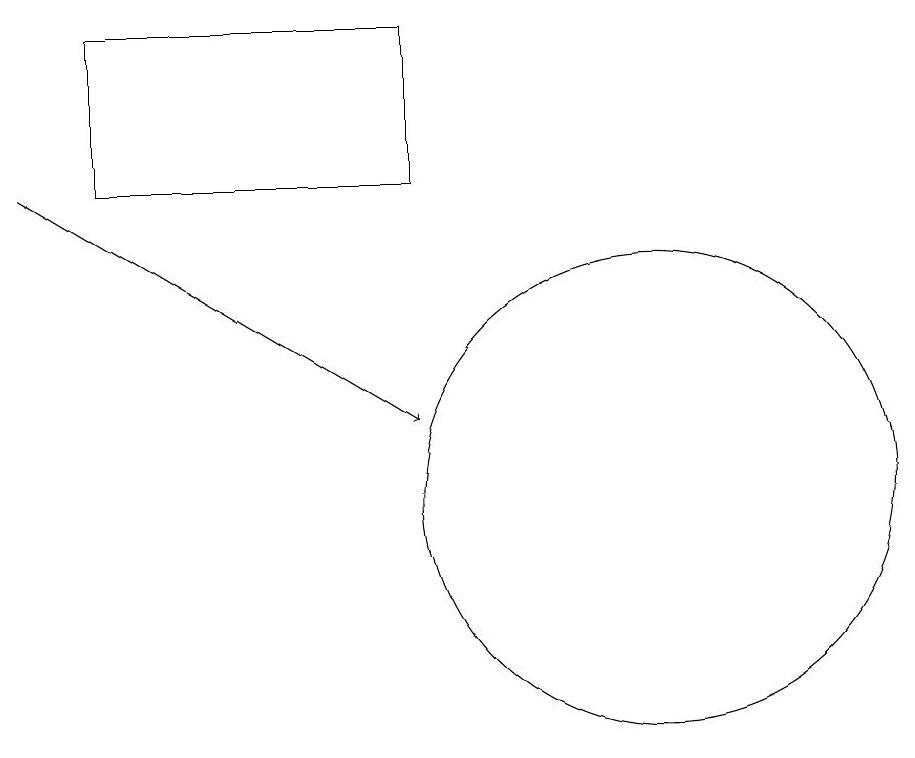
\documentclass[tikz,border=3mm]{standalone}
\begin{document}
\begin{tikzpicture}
\draw (7,14) rectangle (3,16);
\draw (10,10) circle (3);
\draw[->] (2,14) -- (7,11);
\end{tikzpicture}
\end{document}